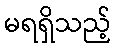
မရရှိသည့်